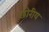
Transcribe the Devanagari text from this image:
छोरीय